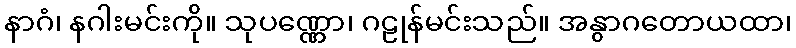
နာဂံ၊ နဂါးမင်းကို။ သုပဏ္ဏော၊ ဂဠုန်မင်းသည်။ အနွာဂတောယထာ၊